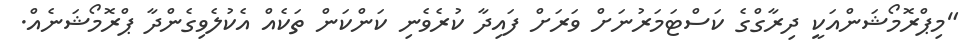
"މިޕްރޮމޯޝަންއަކީ ދިރާގްގެ ކަސްޓަމަރުނަށް ވަރަށް ފައިދާ ކުރެވެނި ކަންކަން ތަކެއް އެކުލެވިގެންދާ ޕްރޮމޯޝަނެއް.